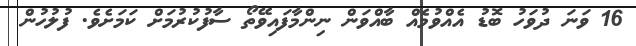
16 ވަނަ ދުވަހު ބޮޑު އެއްވުމެއް ބާއްވަން ނިންމާފައިވޭތޯ ސާފުކުރުމަށް ކަމަށެވެ. ފުލުހުން